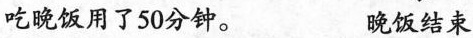
吃晚饭用了50分钟。 晚饭结束